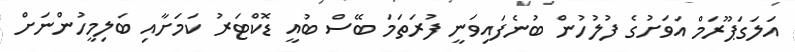
އަލަގަޕޫރަމް އަވަށުގެ ފުލުހުން ބުނެފައިވަނީ ފުރަތަމަ ބޭސް ބުއީ ޑޮކްޓަރު ކަމަށާއި ބަލިމީހުންނަށް